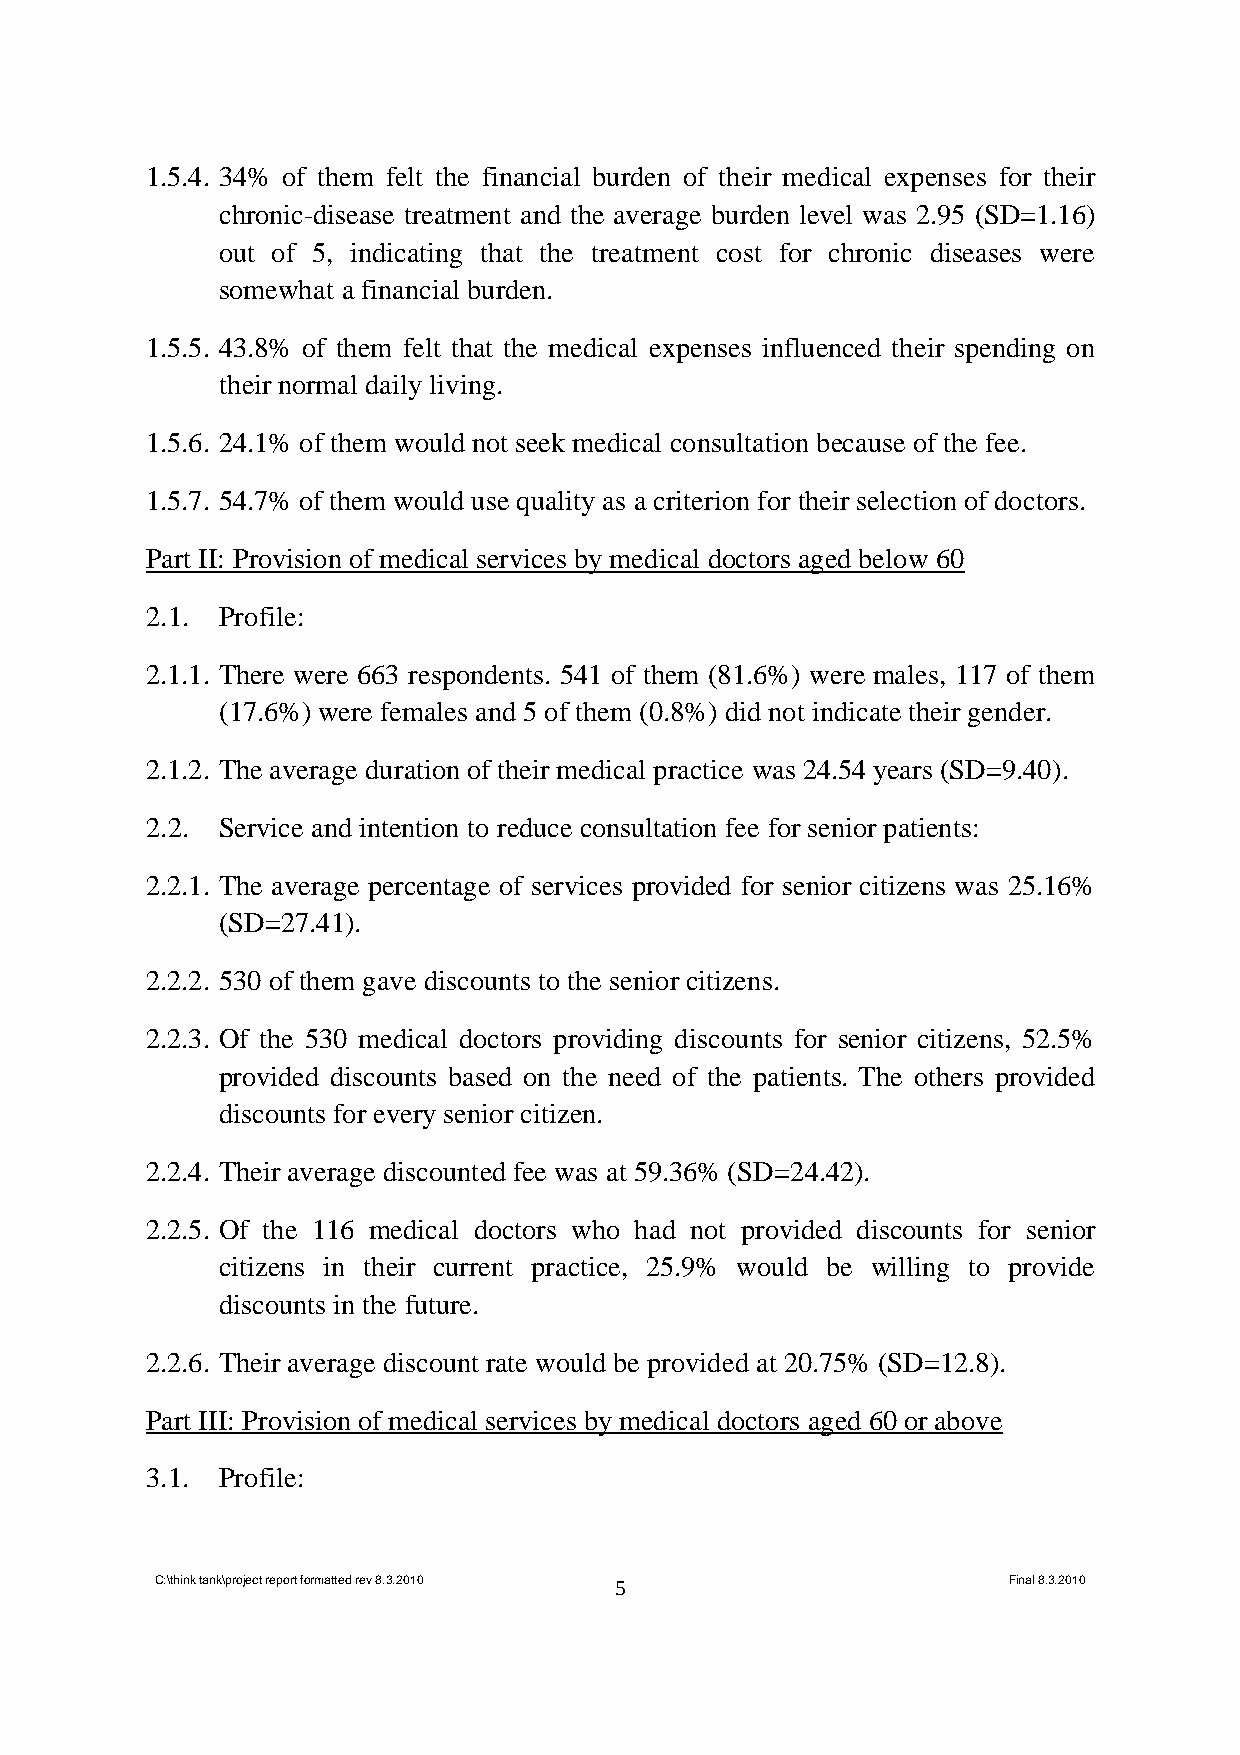
1.5.4. 34% of them felt the financial burden of their medical expenses for their
 chronic-disease treatment and the average burden level was 2.95 (SD=1.16)
 out of 5, indicating that the treatment cost for chronic diseases were
 somewhat a financial burden.
 1.5.5. 43.8% of them felt that the medical expenses influenced their spending on
 their normal daily living.
 1.5.6. 24.1% of them would not seek medical consultation because of the fee.
 1.5.7. 54.7% of them would use quality as a criterion for their selection of doctors.
 Part II: Provision of medical services by medical doctors aged below 60
 2.1. Profile:
 2.1.1. There were 663 respondents. 541 of them (81.6%) were males, 117 of them
 (17.6%) were females and 5 of them (0.8%) did not indicate their gender.
 2.1.2. The average duration of their medical practice was 24.54 years (SD=9.40).
 2.2. Service and intention to reduce consultation fee for senior patients:
 2.2.1. The average percentage of services provided for senior citizens was 25.16%
 (SD=27.41).
 2.2.2. 530 of them gave discounts to the senior citizens.
 2.2.3. Of the 530 medical doctors providing discounts for senior citizens, 52.5%
 provided discounts based on the need of the patients. The others provided
 discounts for every senior citizen.
 2.2.4. Their average discounted fee was at 59.36% (SD=24.42).
 2.2.5. Of the 116 medical doctors who had not provided discounts for senior
 citizens in their current practice, 25.9% would be willing to provide
 discounts in the future.
 2.2.6. Their average discount rate would be provided at 20.75% (SD=12.8).
 Part III: Provision of medical services by medical doctors aged 60 or above
 3.1. Profile:
 C:\think tank\project report formatted rev 8.3.2010 5    Final 8.3.2010